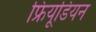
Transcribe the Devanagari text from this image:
फ्रियूडियन